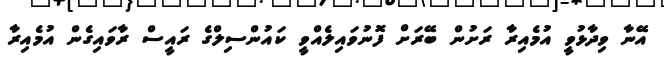
އޭނާ ވިދާޅުވީ އުމެއިރާ ރަށުން ބޭރަށް ފޮނުވައިލެއްވީ ކައުންސިލްގެ ރައީސް ރާވައިގެން އުމެއިރާ